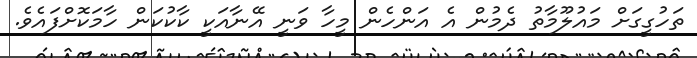
ތަހުގީގަށް މައުލޫމާތު ދެމުން އެ އަންހެން މީހާ ވަނީ އޭނާއަކީ ކާކުކަން ހާމަކޮށްފައެވެ.